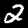
Label: 2